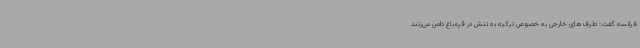
فرانسه گفت: طرف‌های خارجی به خصوص ترکیه به تنش در قره‌باغ دامن می‌زنند